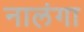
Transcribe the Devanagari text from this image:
नालंगा